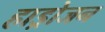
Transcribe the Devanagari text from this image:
हाड्रोजन